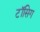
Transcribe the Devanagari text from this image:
टॉसिग